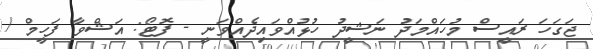
ޖަގަހަ ރައީސް މުހައްމަދު ނަޝީދު ހުޅުއްވައިދެއްވަނީ - ފޮޓޯ: އަޝްވާ ފަހީމް /